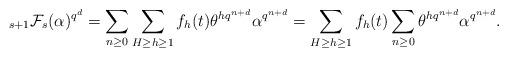
LaTeX: \begin{align*}_{s+1}\mathcal{F}_s(\alpha)^{q^d}=\sum_{n\geq 0}\sum_{H\geq h\geq 1}f_h(t)\theta^{hq^{n+d}}\alpha^{q^{n+d}}=\sum_{H\geq h\geq 1}f_h(t)\sum_{n\geq 0}\theta^{hq^{n+d}}\alpha^{q^{n+d}}.\end{align*}